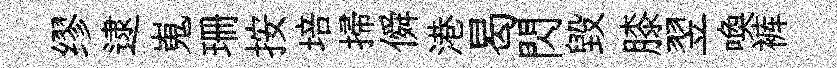
缪逮嵬珊按培掃僢港曷閃毁膝翌喚裤